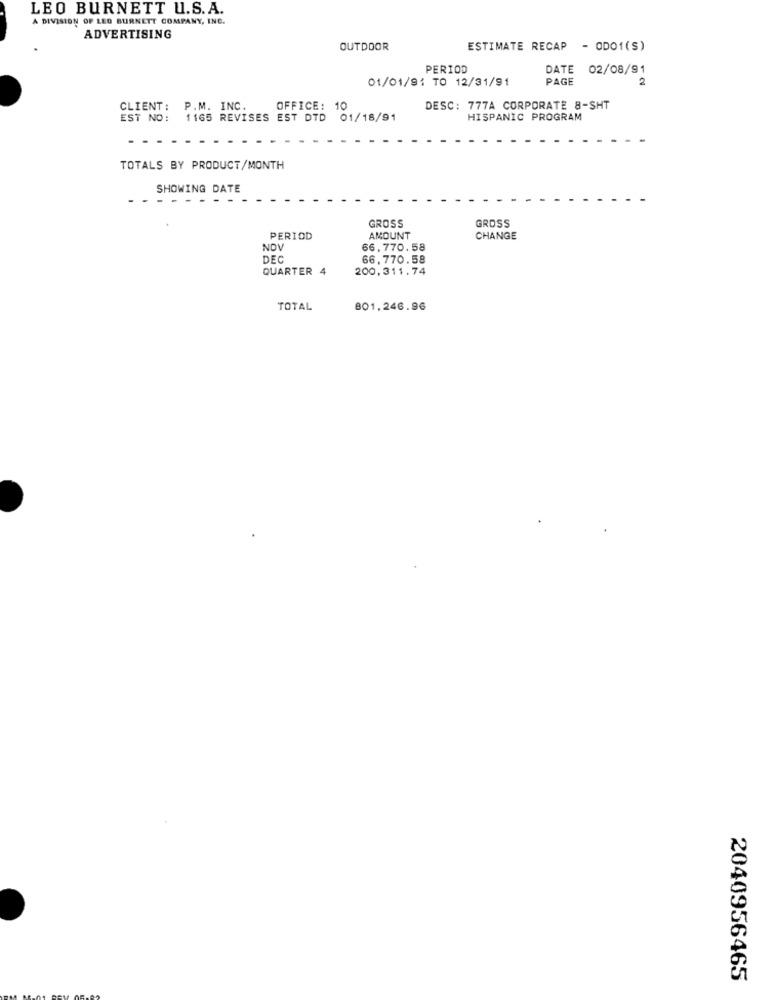
LEO BURNETT U.S. A.
A DIVISION OF LEO BURNETT COMPANY, INC.
ADVERTISING
OUTDOOR
ESTIMATE RECAP - ODO1(S)
PERIOD
DATE 02/08/91
01/01/91 TO 12/31/91
PAGE
2
CLIENT: P.M. INC.
OFFICE: 10
DESC: 777A CORPORATE 8-SHT
EST NO:
1165 REVISES EST DTD 01/18/91
HISPANIC PROGRAM
TOTALS BY PRODUCT/MONTH
SHOWING DATE
GROSS
GROSS
PERIOD
AMOUNT
CHANGE
NOV
66,770.58
DEC
66,770.58
QUARTER 4
200,311.74
TOTAL
801.246.96
2040956465